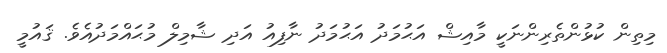
މިތިން ކުޅުންތެރިންނަކީ މާއިޝް އަޙުމަދު އަޙުމަދު ނާފިއު އަދި ޝާމިލް މުޙައްމަދުއެވެ. ޤައުމީ